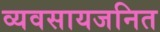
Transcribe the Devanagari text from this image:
व्यवसायजनित